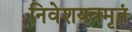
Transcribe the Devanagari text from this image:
निवेशयन्नमृतं